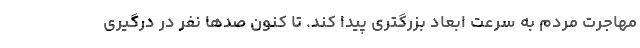
مهاجرت مردم به سرعت ابعاد بزرگتری پیدا کند. تا کنون صدها نفر در درگیری